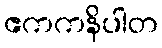
ဧကကနိပါတ